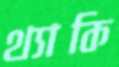
থ্যাকি